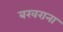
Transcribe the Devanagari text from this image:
बखराना